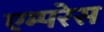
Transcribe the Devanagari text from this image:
एम्परेस